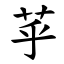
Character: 苸